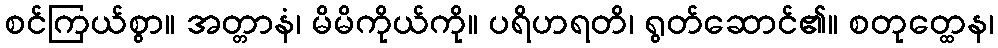
စင်ကြယ်စွာ။ အတ္တာနံ၊ မိမိကိုယ်ကို။ ပရိဟရတိ၊ ရွတ်ဆောင်၏။ စတုတ္ထေန၊